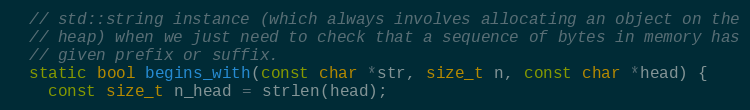
Language: C
  // std::string instance (which always involves allocating an object on the
  // heap) when we just need to check that a sequence of bytes in memory has
  // given prefix or suffix.
  static bool begins_with(const char *str, size_t n, const char *head) {
    const size_t n_head = strlen(head);